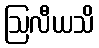
ဩလီယသိ